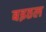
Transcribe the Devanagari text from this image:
बइठल